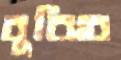
বুঝিব